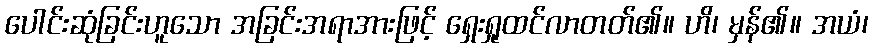
ပေါင်းဆုံခြင်းဟူသော အခြင်းအရာအားဖြင့် ရှေးရှုထင်လာတတ်၏။ ဟိ၊ မှန်၏။ အယံ၊